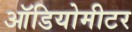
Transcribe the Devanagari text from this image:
ऑडियोमीटर